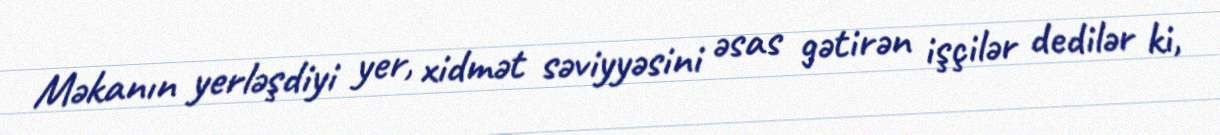
Məkanın yerləşdiyi yer, xidmət səviyyəsini əsas gətirən işçilər dedilər ki,